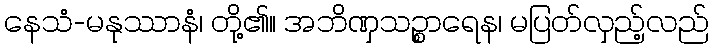
နေသံ-မနုဿာနံ၊ တို့၏။ အဘိဏှသဉ္စာရေန၊ မပြတ်လှည့်လည်